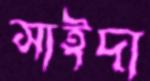
সাইদা